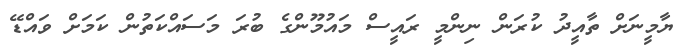
ޔާމީނަށް ތާއީދު ކުރަން ނިންމީ ރައީސް މައުމޫންގެ ބުރަ މަސައްކަތުން ކަމަށް ވައްޑޭ